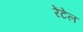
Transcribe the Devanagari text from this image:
रेंटेल